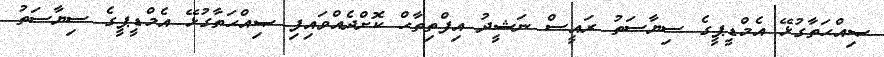
ޞިއްޙަތާގުޅޭ އެމްޑީޕީގެ ސިޔާސަތު ރައީސް ނަޝީދު އިފްތިތާޙް ކޮށްދެއްވައިފި ޞިއްޙަތާގުޅޭ އެމްޑީޕީގެ ސިޔާސަތު